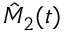
\hat { M } _ { 2 } ( t )